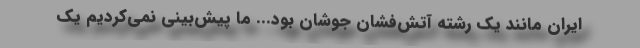
ایران مانند یک رشته آتش‌فشان جوشان بود... ما پیش‌بینی نمی‌کردیم یک